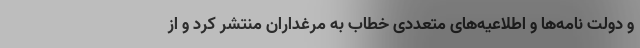
و دولت نامه‌ها و اطلاعیه‌های متعددی خطاب به مرغداران منتشر کرد و از